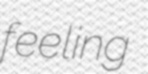
feeling